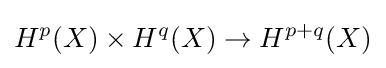
H^{p}(X)\times H^{q}(X)\to H^{p+q}(X)